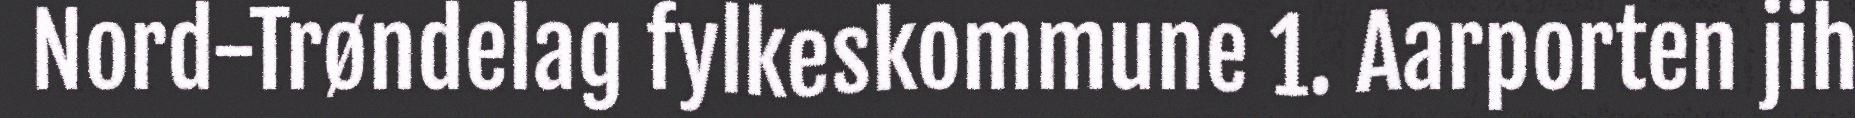
Nord-Trøndelag fylkeskommune 1. Aarporten jih